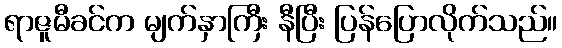
ရာဇူမီခင်က မျက်နှာကြီး နီပြီး ပြန်ပြောလိုက်သည်။